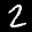
Label: 2